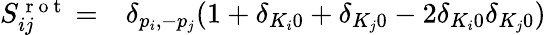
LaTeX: \begin{array}{rl}{S_{ij}^{\mathrm{~r~o~t~}}=}&{{}\delta_{p_{i},-p_{j}}(1+\delta_{K_{i}0}+\delta_{K_{j}0}-2\delta_{K_{i}0}\delta_{K_{j}0})}\end{array}